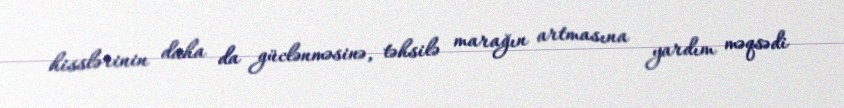
hisslərinin daha da güclənməsinə, təhsilə marağın artmasına yardım məqsədi